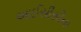
આઈસીસીના